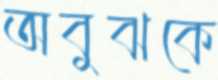
অবুঝকে